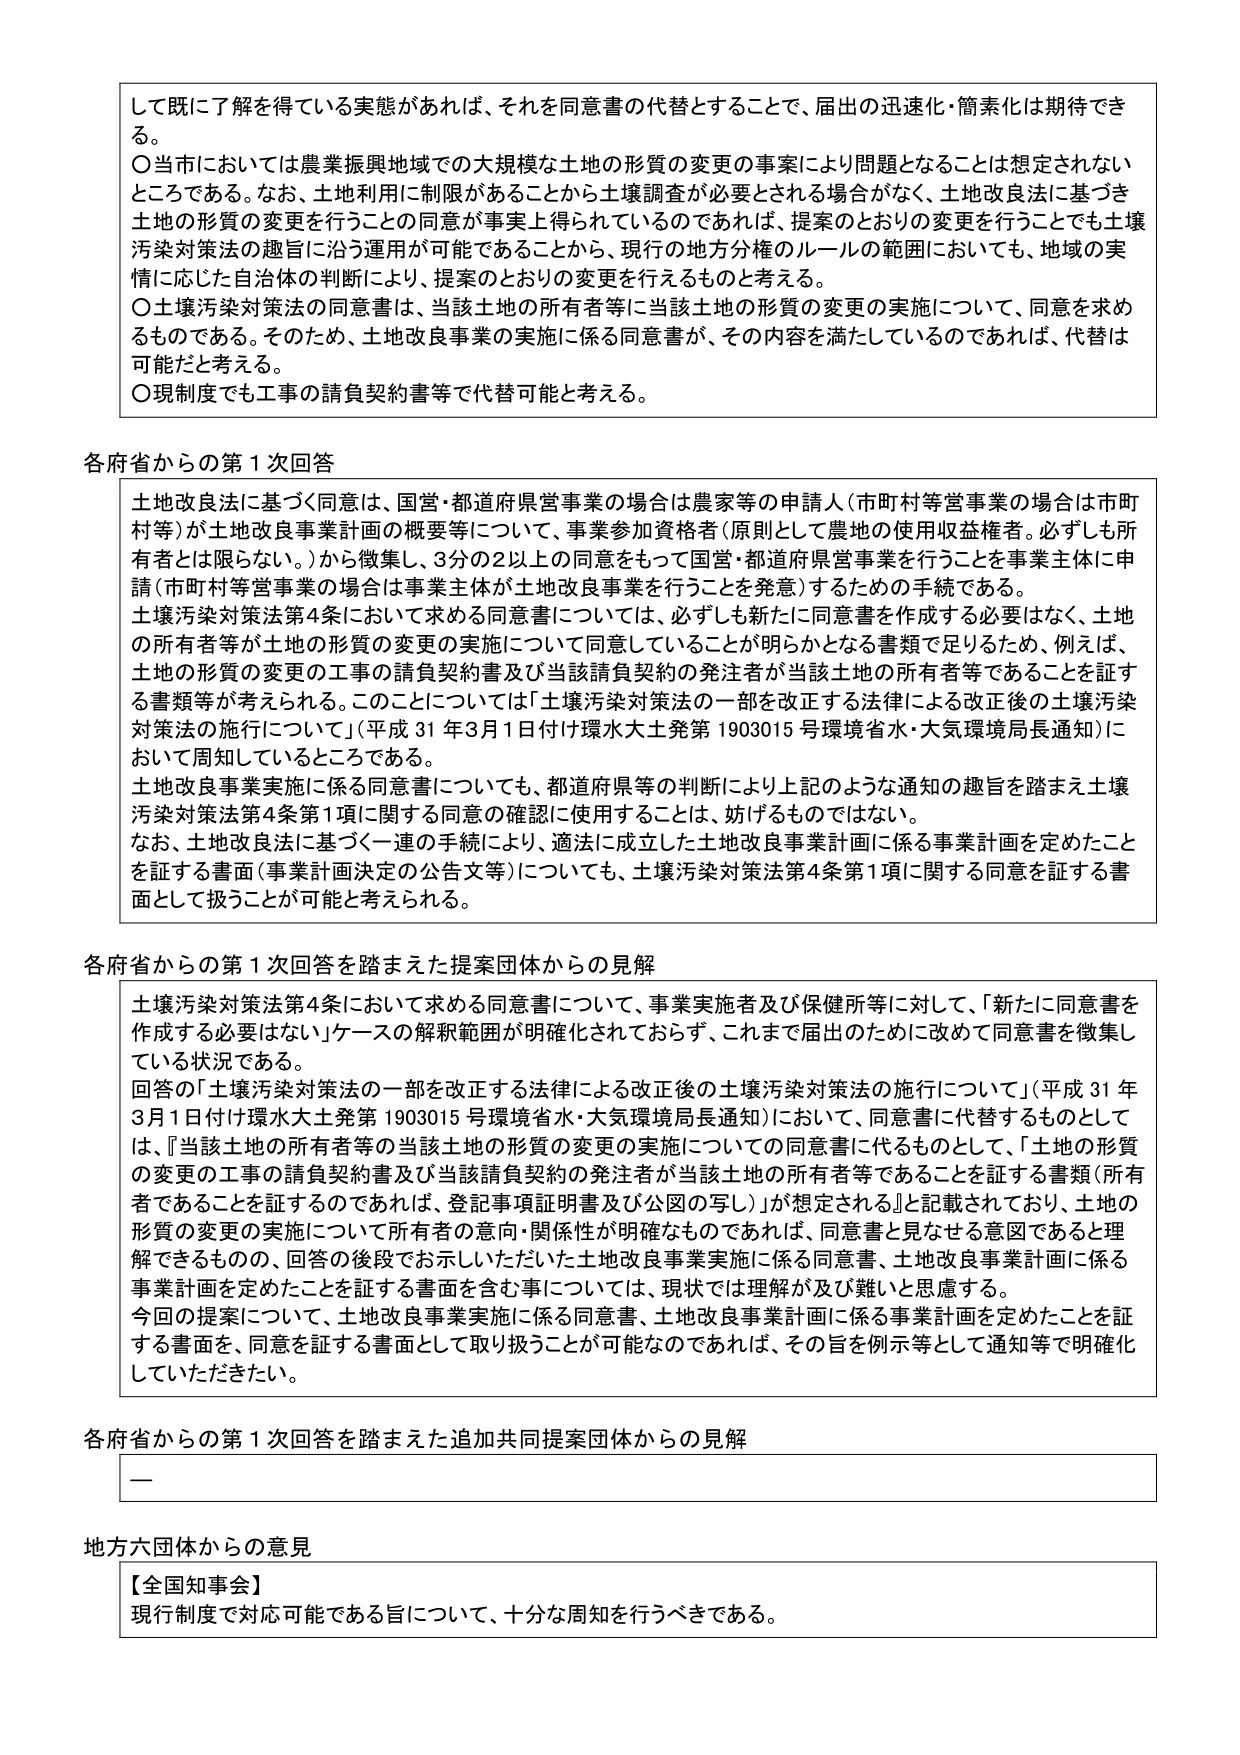
して既に了解を得ている実態があれば、それを同意書の代替することで、届出の迅速化・簡素化は期待できる。

〇当市においては農業振興地域での大規模な土地の形質の変更の事案により問題となることは想定されないところである。なお、土地利用に制限があることから土壌調査が必要とされる場合がなく、土地改良法に基づき土地の形質の変更を行うことの同意が事実上得られているのであれば、提案のとおりの変更を行うことも土壌汚染対策法の趣旨に沿う運用が可能であることから、現行の地方分権のルールの範囲において、地域の実情に応じた自治体の判断により、提案のとおりの変更を行えるものと考える。

〇土壌汚染対策法の同意書は、当該土地の所有者等に当該土地の形質の変更の実施について、同意を求めるものである。そのため、土地改良事業の実施に係る同意書が、その内容を満たしているのであれば、代替は可能だと考える。

〇現制度でも工事の請負契約書等で代替可能と考える。

各府省からの第1次回答

土地改良法に基づく同意は、国営・都道府県営事業の場合は農家等の申請人（市町村等営事業の場合は市町村等）が土地改良事業計画の概要等について、事業参加資格者（原則として農地の使用収益権者。必ずしも所有者とは限らない。）から徴集し、3分の2以上の同意をもって国営・都道府県営事業を行うことを事業主体に申請（市町村等営事業の場合は事業主体が土地改良事業を行うことを発意）するための手続である。

土壌汚染対策法第4条において求める同意書については、必ずしも新たに同意書を作成する必要はなく、土地の所有者等が土地の形質の変更の実施について同意していることが明らかとなる書類で足りるため、例えば、土地の形質の変更の工事の請負契約書及び当該請負契約の発注者が当該土地の所有者等であることを証する書類等が考えられる。このことについては「土壌汚染対策法の一部を改正する法律による改正後の土壌汚染対策法の施行について」（平成31年3月1日付け環水大土発第1903015号環境省水・大気環境局長通知）において周知しているところである。

土地改良事業実施に係る同意書についても、都道府県等の判断により上記のような通知の趣旨を踏まえ土壌汚染対策法第4条第1項に関する同意の確認に使用することは、妨げるものではない。

なお、土地改良法に基づく一連の手続により、適法に成立した土地改良事業計画に係る事業計画を定めたことを証する書面（事業計画決定の公告文等）についても、土壌汚染対策法第4条第1項に関する同意を証する書面として扱うことが可能と考えられる。

各府省からの第1次回答を踏まえた提案団体からの見解

土壌汚染対策法第4条において求める同意書について、事業実施者及び保健所等に対して、「新たに同意書を作成する必要はない」ケースの解釈範囲が明確化されておらず、これまで届出のために改めて同意書を徴集している状況である。

回答の「土壌汚染対策法の一部を改正する法律による改正後の土壌汚染対策法の施行について」（平成31年3月1日付け環水大土発第1903015号環境省水・大気環境局長通知）において、同意書に代替するものとして、「当該土地の所有者等の当該土地の形質の変更の実施についての同意書に代るものとして、「土地の形質の変更の工事の請負契約書及び当該請負契約の発注者が当該土地の所有者等であることを証する書類（所有者であることを証するのであれば、登記事項証明書及び公図の写し）」が想定される」と記載されており、土地の形質の変更の実施について所有者の意向・関係性が明確なものであれば、同意書と見なせる意図であると理解できるものの、回答の後段でお示しいただいた土地改良事業実施に係る同意書、土地改良事業計画に係る事業計画を定めたことを証する書面を含む事については、現状では理解が及び難いと思慮する。

今回の提案について、土地改良事業実施に係る同意書、土地改良事業計画に係る事業計画を定めたことを証する書面を、同意を証する書面として取り扱うことが可能なのであれば、その旨を例示等として通知等で明確化していただきたい。

各府省からの第1次回答を踏まえた追加共同提案団体からの見解

—

地方六団体からの意見

【全国知事会】
現行制度で対応可能である旨について、十分な周知を行うべきである。